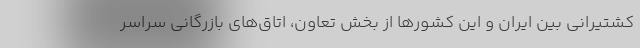
کشتیرانی بین ایران و این کشورها از بخش تعاون، اتاق‌های بازرگانی سراسر